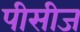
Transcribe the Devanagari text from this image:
पीसीज